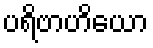
ပရိဗာဟိယော